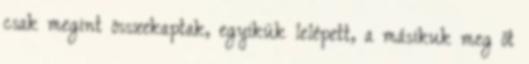
csak megint összekaptak, egyikük lelépett, a másikuk meg őt